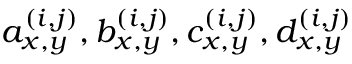
a _ { x , y } ^ { ( i , j ) } , b _ { x , y } ^ { ( i , j ) } , c _ { x , y } ^ { ( i , j ) } , d _ { x , y } ^ { ( i , j ) }